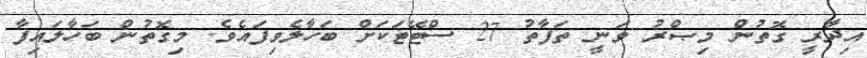
އިދާރީ ގޮތުން މިޞްރު ވަނީ ތަފާތު 27 ސްޓޭޓަކަށް ބަހާލެވިފައެވެ. މިގޮތުން ބަހާލައިފާ